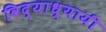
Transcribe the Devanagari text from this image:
विद्याध्यायी